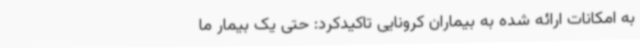
به امکانات ارائه شده به بیماران کرونایی تاکیدکرد: حتی یک بیمار ما